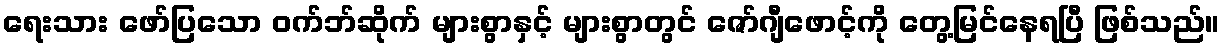
ရေးသား ဖော်ပြသော ဝက်ဘ်ဆိုက် များစွာနှင့် များစွာတွင် ဇော်ဂျီဖောင့်ကို တွေ့မြင်နေရပြီ ဖြစ်သည်။